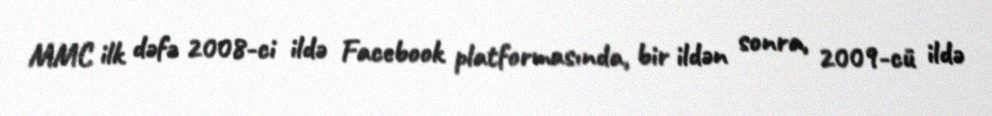
MMC ilk dəfə 2008-ci ildə Facebook platformasında, bir ildən sonra, 2009-cü ildə